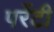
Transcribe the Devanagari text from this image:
परेंटी